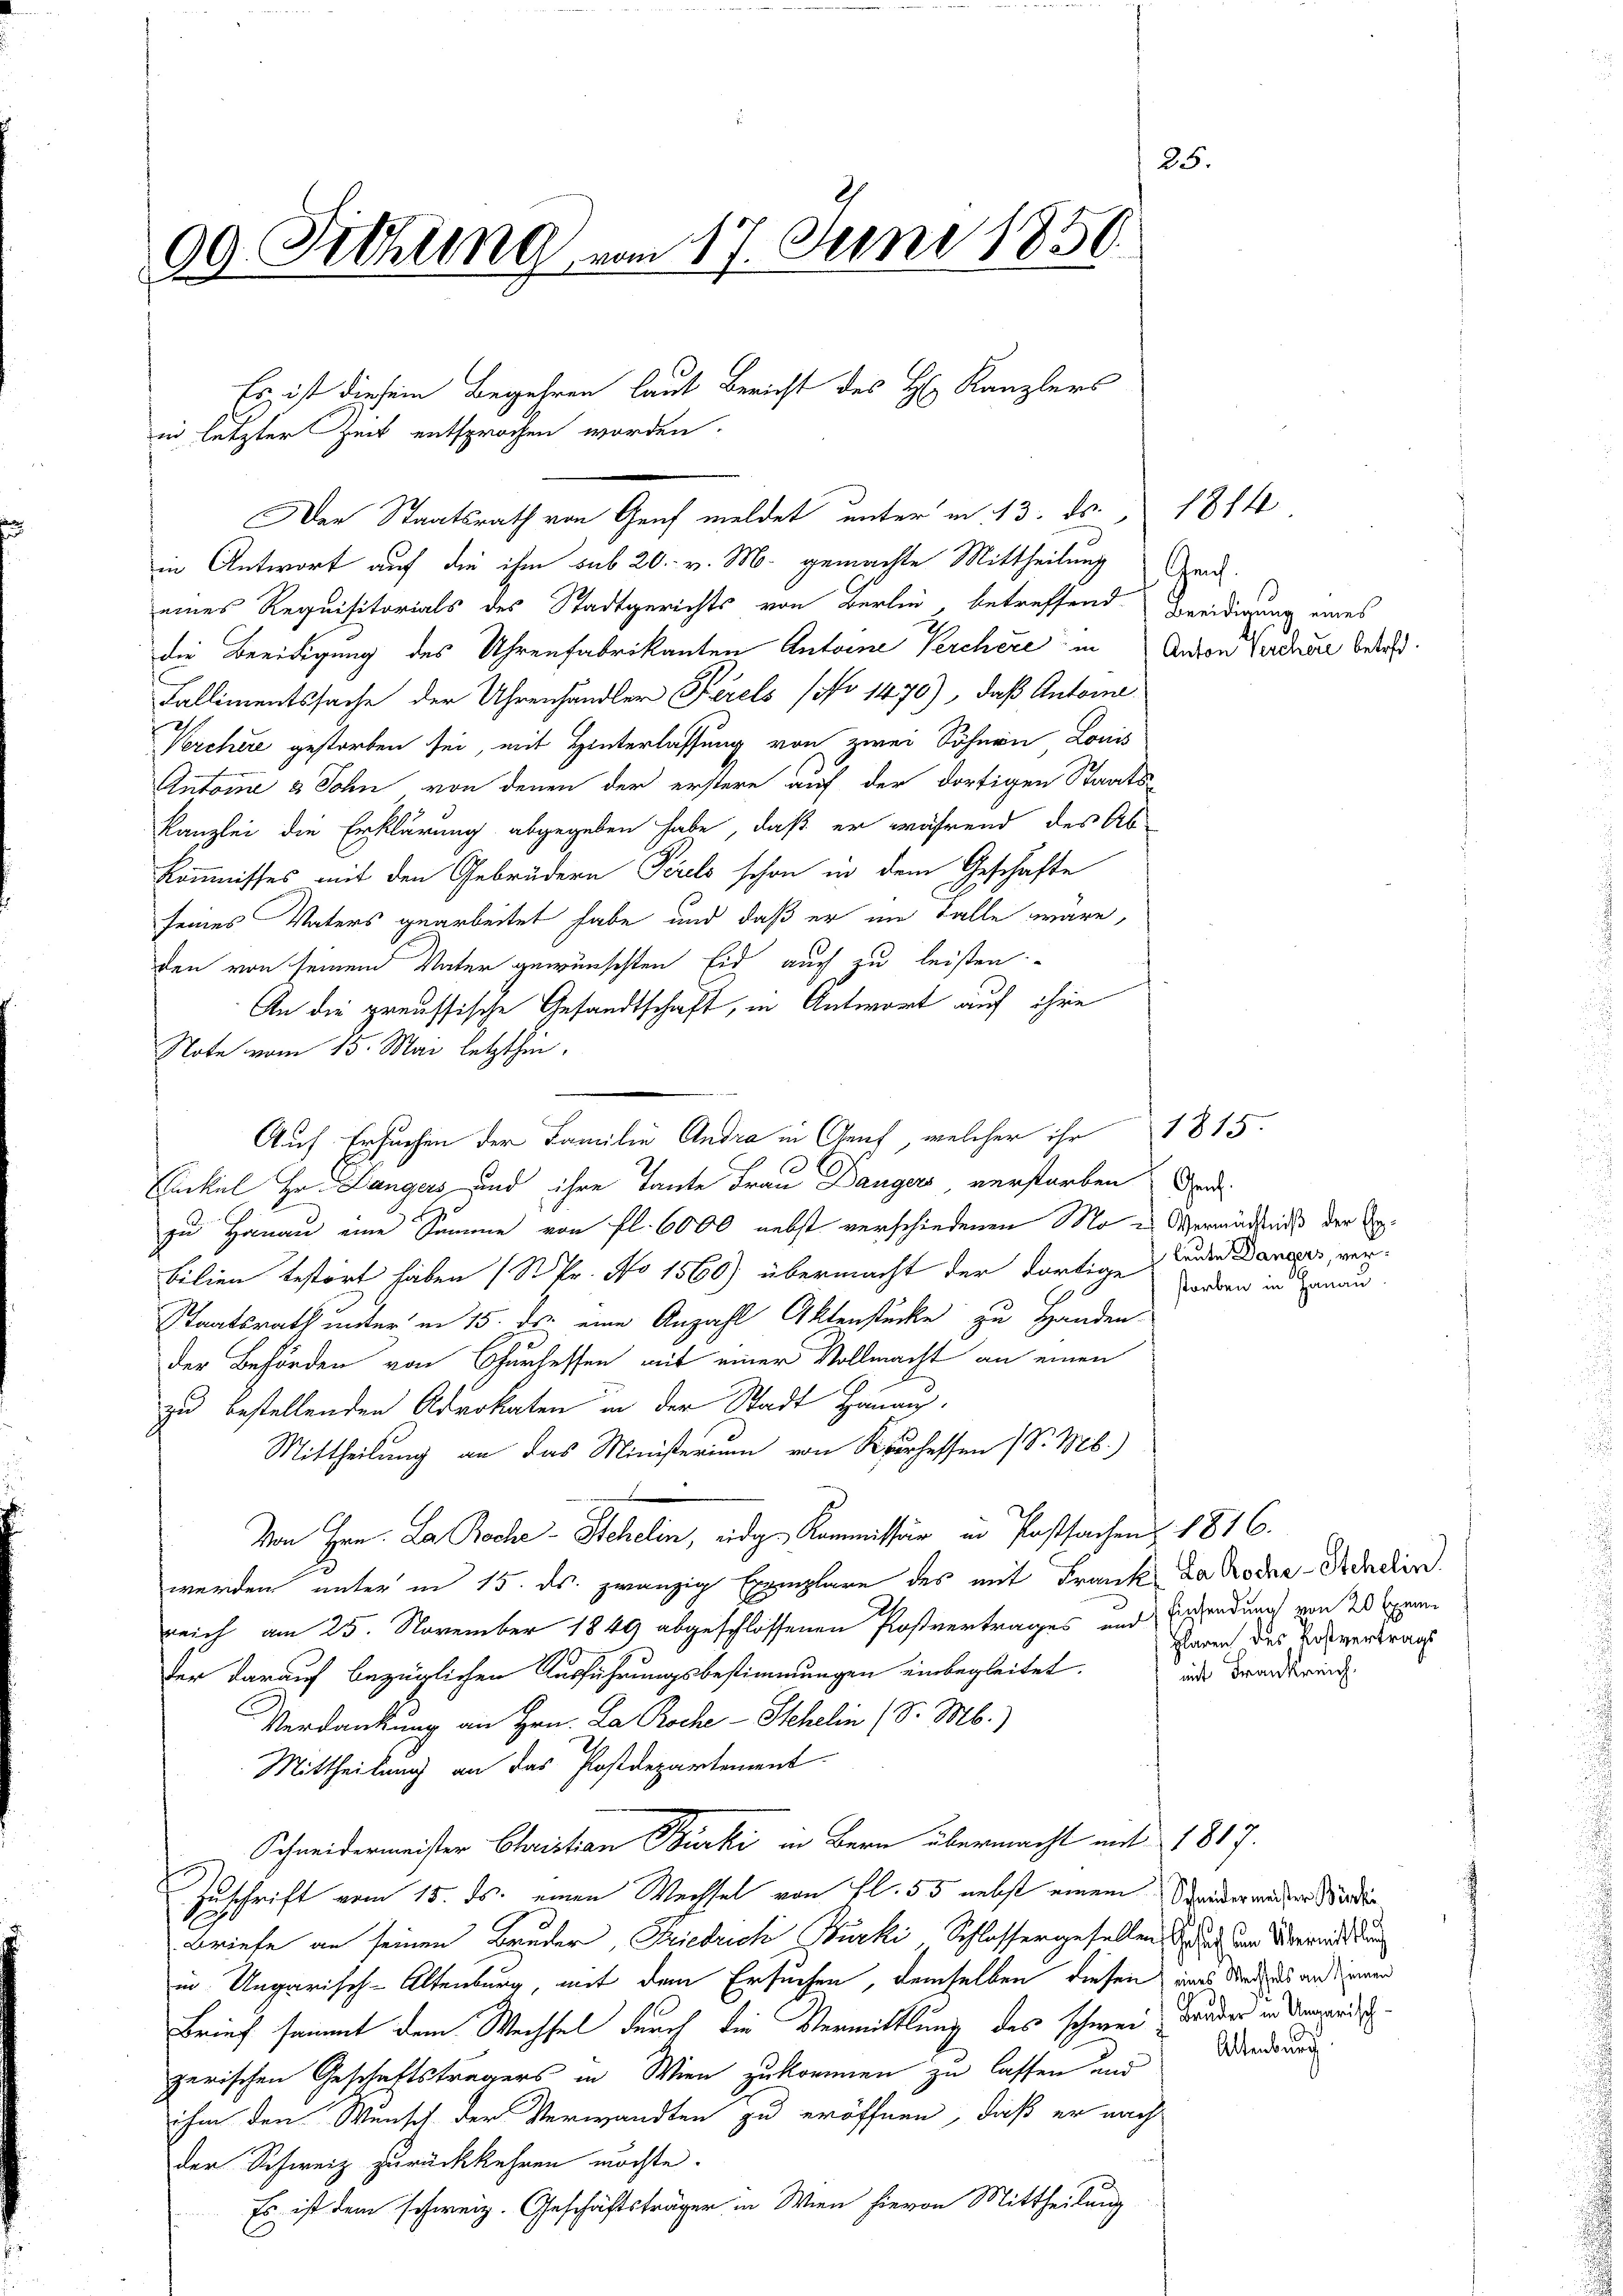
25.
09. Fethung vom 17. Juni 1850.

Es ist diesem Begehren laut Bericht des H. Kanzlers
in letzter Zeit entsprochen worden.
Der Staatsrath von Genf meldet unter m. 13. ds. 1814

in Antwort auf die ihm sub 20. v. M. gemachte Mittheilung eid.
eines Requisitorials des Stadtgerichts von Berlin betreffend Beeidigung eines
die Beeidigung des Uhrenfabrikanten Antone Perchere in Anton Verhöre betref¬
Fallimentssache der Uhrenhändler Ferels (No 1470), daß Antone
Verchere gestorben sei, mit Hinterlassung von zwei Söhnen Louis
Antone & Sohn von denen der erstere auf der dortigen Staats-
Kanzlei die Erklärung abgegeben habe, daß er während des Ab
kommnisses mit den Gebrüdern Perels schon in dem Geschäfte
seines Vaters gearbeitet habe und daß er im Falle wäre,
den von seinem Vater gewünschten Eid auch zu leisten.
An die preussische Gesandtschaft, in Antwort auf ihre
Note vom 15. Mai letzthin.
Eickel Hr. Langers und ihre Tante Frau Dangers, verstorben und
zu Hanau eine Samme von fl. 6000 nebst verschiedenen Mo- Vermädniß der Erbilien bestört haben (S kr. No 1560) übermacht der dortige Tenden Daneger, ver¬
Staatsrath unter in 15. ds. eine Anzahl Aktenstücke zu Handen
der Behörden von Churhessen mit einer Vollmacht an einen
zu bestellenden Advokaten in der Stadt Hanaus¬
Mittheilung an das Ministerium von Kurhessen (S. M.)
Von Hrn. La Boche - Schelin, eidg. Kommissär in Postsachens 1816.
werden unter in 15. ds. zwanzig Exemplare des mit Frank da Roden-Anden.
reich am 25. November 1849 abgeschlossenen Postvertrages und Ersendung von 20 Cen
Der darauf bezüglichen Ausführungsbestimmungen einbegleitet.
Verdankung an Hrn. La Roche - Stehelin (S. Mb.)
Mittheilung an das Postdepartement
Schneidermeister Christian Bürki in Bern übermacht mit 1817.
Zuschrift vom 15. ds. einen Wechsel von fl. 55 nebst einem Streiderwender Stadlin
Briefe an seinen Bruder, Friedrich Bürki, Schlossergesellen Sr. Er den Vereits un
in Ungarisch-Altenburg, mit dem Ersuchen, demselben diesen eines Staates andenen
Brief sammt dem Wechsel durch die Vermittlung des schweil, daß der in Verwendizerischen Geschäftsträgers in Wien zukommen zu lassen und
ihm den Wunsch der Verwandten zu eröffnen, daß er nach
der Schweiz zurückkehren möchte.
Es ist dem schweiz. Geschäftsträger in Wien hievon Mittheilung

Auf Ersuchen der Familie Andra in Genf, welcher ihr 1815.

storben in Hanau.

plaren des Kostvertrags
mit Frankreich.

Altenburg